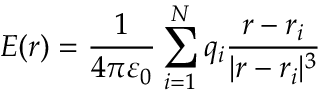
{ \boldsymbol { E } } ( { \boldsymbol { r } } ) = { \frac { 1 } { 4 \pi \varepsilon _ { 0 } } } \sum _ { i = 1 } ^ { N } q _ { i } { \frac { { \boldsymbol { r } } - { \boldsymbol { r } } _ { i } } { | { \boldsymbol { r } } - { \boldsymbol { r } } _ { i } | ^ { 3 } } }